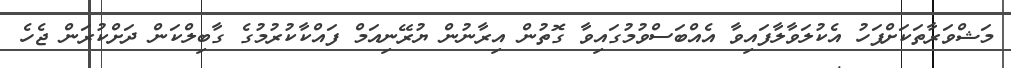
މަޝްވަރާތަކަށްފަހު އެކުލަވާލާފައިވާ އެއްބަސްވުމުގައިވާ ގޮތުން އިރާނުން ޔުރޭނިއަމް ފައްކާކުރުމުގެ ގާބިލްކަން ދަށްކުރަން ޖެހެ